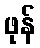
ဖုန်